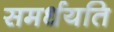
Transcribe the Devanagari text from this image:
समर्धयति